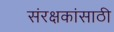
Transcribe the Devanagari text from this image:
संरक्षकांसाठी